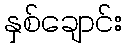
နှစ်ချောင်း